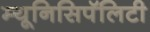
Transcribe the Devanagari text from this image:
म्यूनिसिपॅलिटी